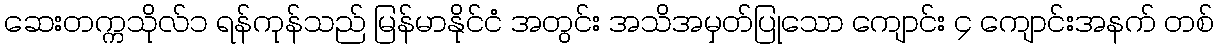
ဆေးတက္ကသိုလ်၁ ရန်ကုန်သည် မြန်မာနိုင်ငံ အတွင်း အသိအမှတ်ပြုသော ကျောင်း ၄ ကျောင်းအနက် တစ်